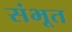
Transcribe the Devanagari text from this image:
संभूत